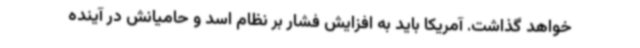
خواهد گذاشت. آمریکا باید به افزایش فشار بر نظام اسد و حامیانش در آینده